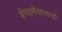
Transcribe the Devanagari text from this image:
शेंगदाणेवाल्याची